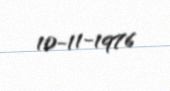
10-11-1976